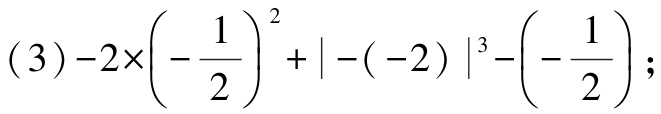
(3) \(-2\times\left(-\dfrac{1}{2}\right)^{2}+\vert -(-2)\vert^{3}-\left(-\dfrac{1}{2}\right)\);